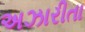
અઝારીતા